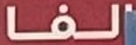
الفا